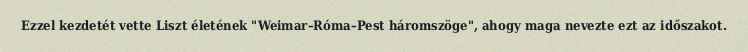
Ezzel kezdetét vette Liszt életének "Weimar–Róma–Pest háromszöge", ahogy maga nevezte ezt az időszakot.